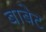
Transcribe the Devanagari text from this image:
बाबेट